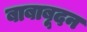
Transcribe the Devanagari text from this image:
बाबाबूदन